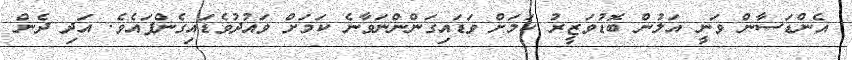
އެންޑަސާން ވަނީ އަލުން ބޮޑުވަޒީރު ކަމަށް ވަޑައިގަންންނަވާނެ ކަމަށް ވައުދުވެޑައިގެންފައެވެ. އަދި ދެން